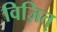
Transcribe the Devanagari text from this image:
विज़ित्